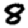
Digit: 8